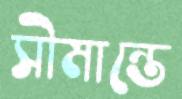
সীমান্তে